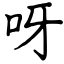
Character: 呀